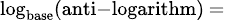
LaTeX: \scriptstyle\log_{\mathrm{base}}({\mathrm{anti-logarithm}})\, =